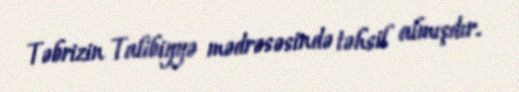
Təbrizin Talibiyyə mədrəsəsində təhsil almışdır.